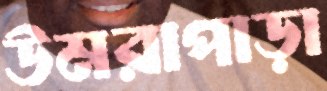
উমরাপাড়া